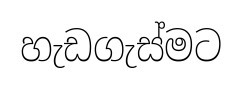
හැඩගැස්මට